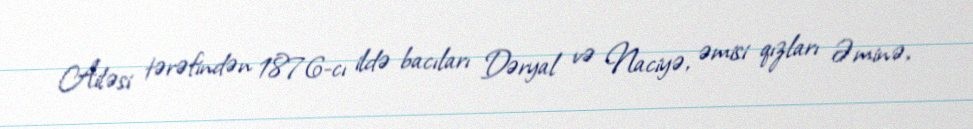
Ailəsi tərəfindən 1876-cı ildə bacıları Dəryal və Naciyə, əmisi qızları Əminə,